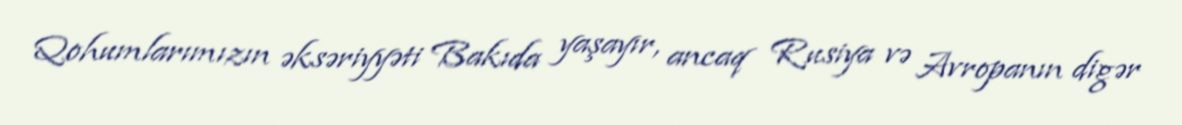
Qohumlarımızın əksəriyyəti Bakıda yaşayır, ancaq Rusiya və Avropanın digər